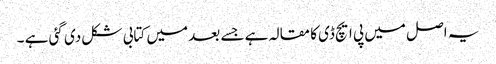
یہ اصل میں پی ایچ ڈی کا مقالہ ہے جسے بعد میں کتابی شکل دی گئی ہے ۔